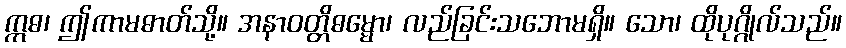
ဣဓ၊ ဤကာမဓာတ်သို့။ အနာဝတ္တိဓမ္မော၊ လည်ခြင်းသဘောမရှိ။ သော၊ ထိုပုဂ္ဂိုလ်သည်။